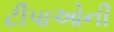
ટીપાઓની